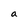
Character: a